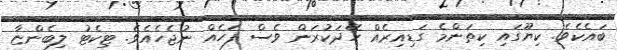
ބައެކެވެ. ކިޔޫގައި ކިތަންމެ ގަޑިއިރެއް ހޭދަކުރަން ވެސް ފަހެއް ނުޖެހެއެވެ. ޓިކެޓު ލިބެންޏާ